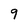
Character: 9